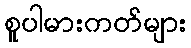
စူပါမားကတ်များ